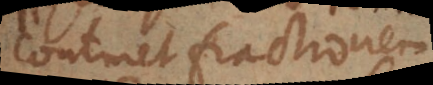
continet fractionem